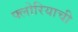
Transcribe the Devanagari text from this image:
फ्लोरियाची